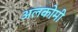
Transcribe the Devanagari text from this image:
अलकोमी